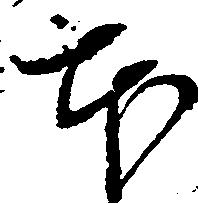
本